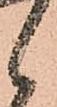
候